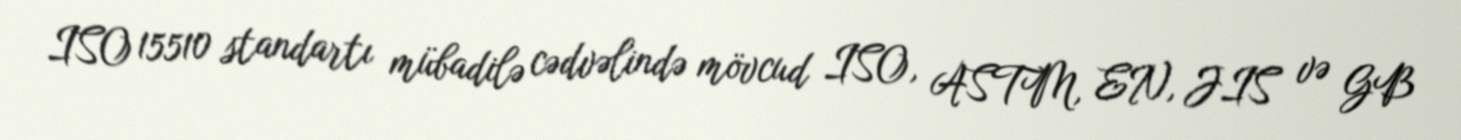
ISO 15510 standartı mübadilə cədvəlində mövcud ISO, ASTM, EN, JIS və GB